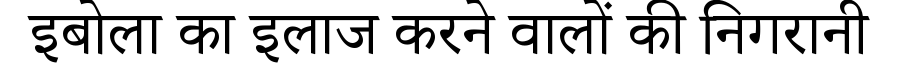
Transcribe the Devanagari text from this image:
इबोला का इलाज करने वालों की निगरानी